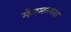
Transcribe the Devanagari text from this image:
मेममनच्या